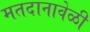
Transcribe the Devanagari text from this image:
मतदानावेळी